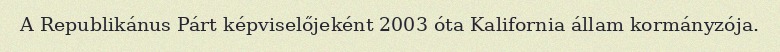
A Republikánus Párt képviselőjeként 2003 óta Kalifornia állam kormányzója.